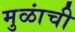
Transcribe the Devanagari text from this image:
मुळांची